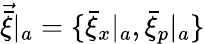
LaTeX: \vec{\bar{\xi}}|_{a}=\{ \bar{\xi}_{x}|_{a},\bar{\xi}_{p}|_{a}\}